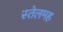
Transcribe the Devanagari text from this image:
स्तेलमह